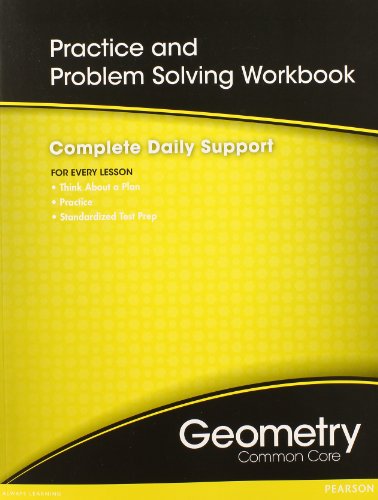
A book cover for HIGH SCHOOL MATH COMMON-CORE GEOMETRY PRACTICE/PROBLEM SOLVING WORKBOOK GRADE 9/10; PRENTICE HALL; Business & Money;